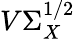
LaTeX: V\Sigma_{X}^{1/2}